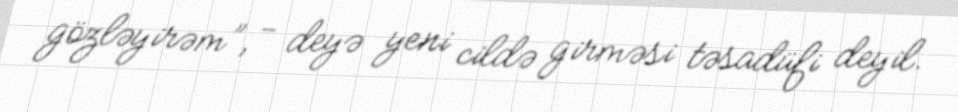
gözləyirəm”, - deyə yeni cildə girməsi təsadüfi deyil.